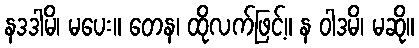
နဒဒါမိ၊ မပေး။ တေန၊ ထိုလက်ဖြင့်။ န ဝါဒမိ၊ မဆို။